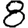
Digit: 8